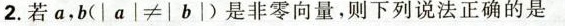
2.若a，$$b(│a|≠|b|)$$是非零向量，则下列说法正确的是